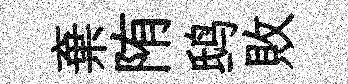
棄陏鸱敗